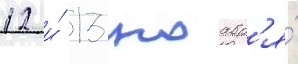
12 и́ 13 ноабр'я́